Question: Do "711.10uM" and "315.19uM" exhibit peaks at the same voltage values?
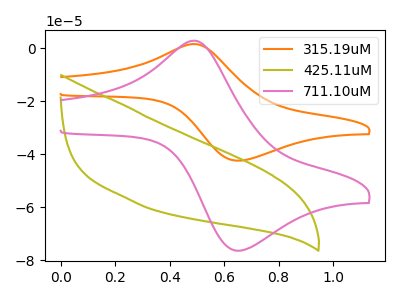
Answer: <think>The orange curve "315.19uM" has an anodic peak at (0.50V, 1.60uA) and a cathodic peak at (0.65V, -42.40uA). The olive curve "425.11uM" has no peaks. The pink curve "711.10uM" has an anodic peak at (0.50V, 2.85uA) and a cathodic peak at (0.65V, -76.35uA).</think>
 <answer>Yes, "711.10uM" have a peak in "315.19uM" at the same potential.</answer>
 <eval>match</eval>